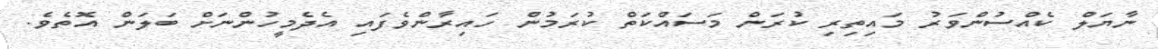
ނާޔަލް ކެއްސުންވަރު މައިތިރި ކުރަން މަސައްކަތް ކުރަމުން ހައިރާންވެފައި އެދެމީހުންނަށް ބަލަން އޮތެވެ.